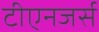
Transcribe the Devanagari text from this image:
टीएनजर्स